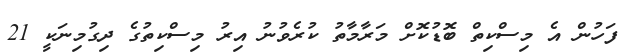
ފަހުން އެ މިސްކިތް ބޮޑުކޮށް މަރާމާތު ކުރެވުނު އިރު މިސްކިތުގެ ދިގުމިނަކީ 21